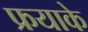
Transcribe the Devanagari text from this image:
फ्रयाके